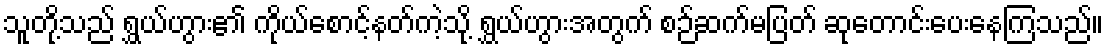
သူတို့သည် ရွှယ်ဟွား၏ ကိုယ်စောင့်နတ်ကဲ့သို့ ရွှယ်ဟွားအတွက် စဉ်ဆက်မပြတ် ဆုတောင်းပေးနေကြသည်။